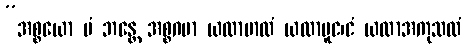
”အစ္စယော မံ ဘန္တေ အစ္စဂမာ ယထာဗာလံ ယထာမူင၊ငံ ယထာအကုသလံ